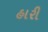
હારી